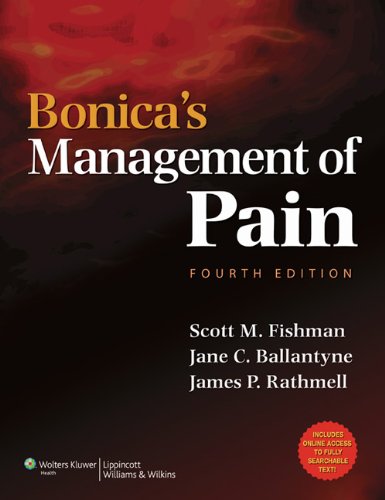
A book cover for Bonica's Management of Pain (Fishman, Bonica's Pain Management); Medical Books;